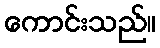
ကောင်းသည်။